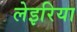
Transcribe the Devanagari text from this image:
लेइरिया